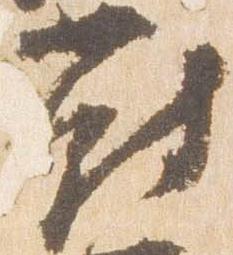
対